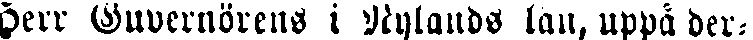
Herr Guvernörens i Nylands län, uppå der-